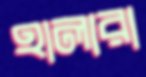
হালারা